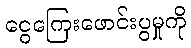
ငွေကြေးဖောင်းပွမှုကို